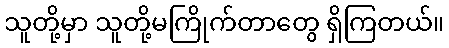
သူတို့မှာ သူတို့မကြိုက်တာတွေ ရှိကြတယ်။